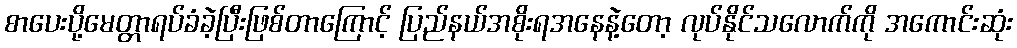
စာပေးပို့မေတ္တာရပ်ခံခဲ့ပြီးဖြစ်တာကြောင့် ပြည်နယ်အစိုးရအနေနဲ့တော့ လုပ်နိုင်သလောက်ကို အကောင်းဆုံး